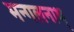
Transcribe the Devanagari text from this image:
मन्गलनाथ्